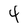
Character: 4